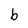
Character: b